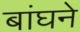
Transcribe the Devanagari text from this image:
बांघने